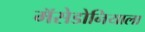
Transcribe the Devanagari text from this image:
मॅसेडोनियाला